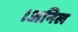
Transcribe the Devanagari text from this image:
।अनिल